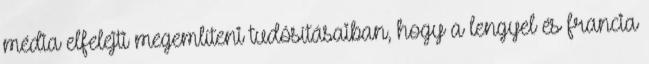
média elfelejti megemlíteni tudósításaiban, hogy a lengyel és francia